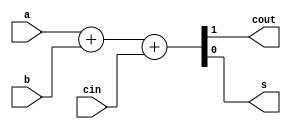
module fullAdder(
    output cout,
    output s,
    input a,
    input b,
    input cin
    );
    
 reg cout;
 reg s;
 always @(a or b or cin)
 begin
    {cout, s} = a + b + cin;
 end
endmodule